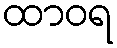
ထာဝရ